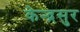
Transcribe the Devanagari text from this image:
केन्द्रसुर